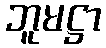
ဘူမဋ္ဌာ